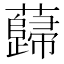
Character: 蘬